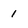
Character: 1